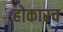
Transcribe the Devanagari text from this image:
होकारच